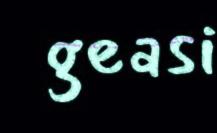
geasi